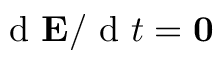
\textrm { d } \mathbf { E } / \textrm { d } t = \mathbf { 0 }